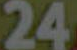
24